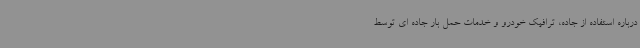
درباره استفاده از جاده، ترافیک خودرو و خدمات حمل بار جاده ای توسط